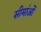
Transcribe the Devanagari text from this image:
सीमा॑ओं